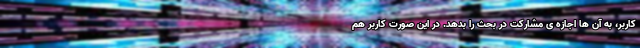
کاربر، به آن ها اجازه ی مشارکت در بحث را بدهد. در این صورت کاربر هم